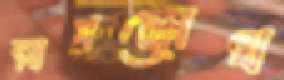
মাপজোখ